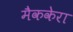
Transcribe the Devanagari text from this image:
मैककेरा